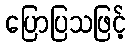
ပြောပြသဖြင့်